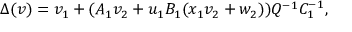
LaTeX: \Delta ( v ) = v _ { 1 } + ( A _ { 1 } v _ { 2 } + u _ { 1 } B _ { 1 } ( x _ { 1 } v _ { 2 } + w _ { 2 } ) ) Q ^ { - 1 } C _ { 1 } ^ { - 1 } ,